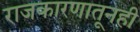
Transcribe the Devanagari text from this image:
राजकारणातूनही